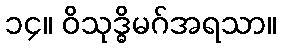
၁၄။ ဝိသုဒ္ဓိမဂ်အရသာ။